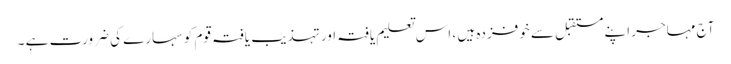
آج مہاجر اپنے مستقبل سے خوفزدہ ہیں ، اس تعلیم یافتہ اور تہذیب یافتہ قوم کو سہارے کی ضرورت ہے ۔